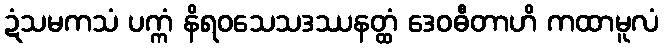
ဍံသမကသံ ပက္ကံ နိရဝသေသဒဿနတ္ထံ ဒေဝဓီတာဟိ ကထာမူလံ